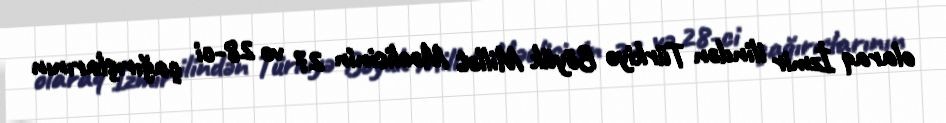
olaraq İzmir ilindən Türkiyə Böyük Millət Məclisinin 27 və 28-ci çağırışlarının